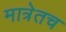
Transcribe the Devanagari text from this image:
मात्रेतच